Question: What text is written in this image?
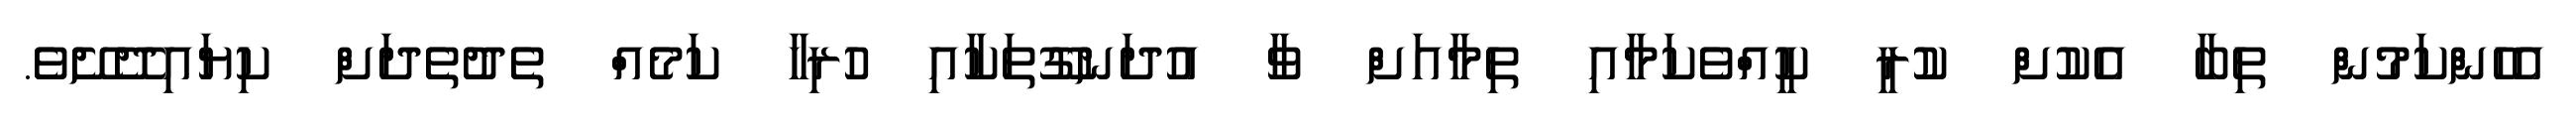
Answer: އެހެންކަމުން ތިބާ އެކުށް ކުރީ ކީއްވެކަމާއި ތިމާއަށް ވާ އުދަނގޫތަކާއި ހުރިހާ ކަމެއް ތެދުތެދަށް ކިޔައިދޭށޭވެ.